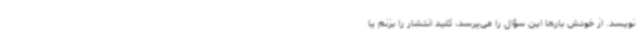
‌نویسد. از خودش بارها این سؤال را می‌پرسد، کلید انتشار را بزنم یا